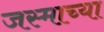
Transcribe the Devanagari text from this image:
जस्माच्या